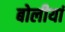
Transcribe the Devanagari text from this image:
बोलीयां